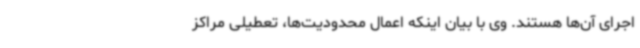
اجرای آن‌ها هستند. وی با بیان اینکه اعمال محدودیت‌ها، تعطیلی مراکز